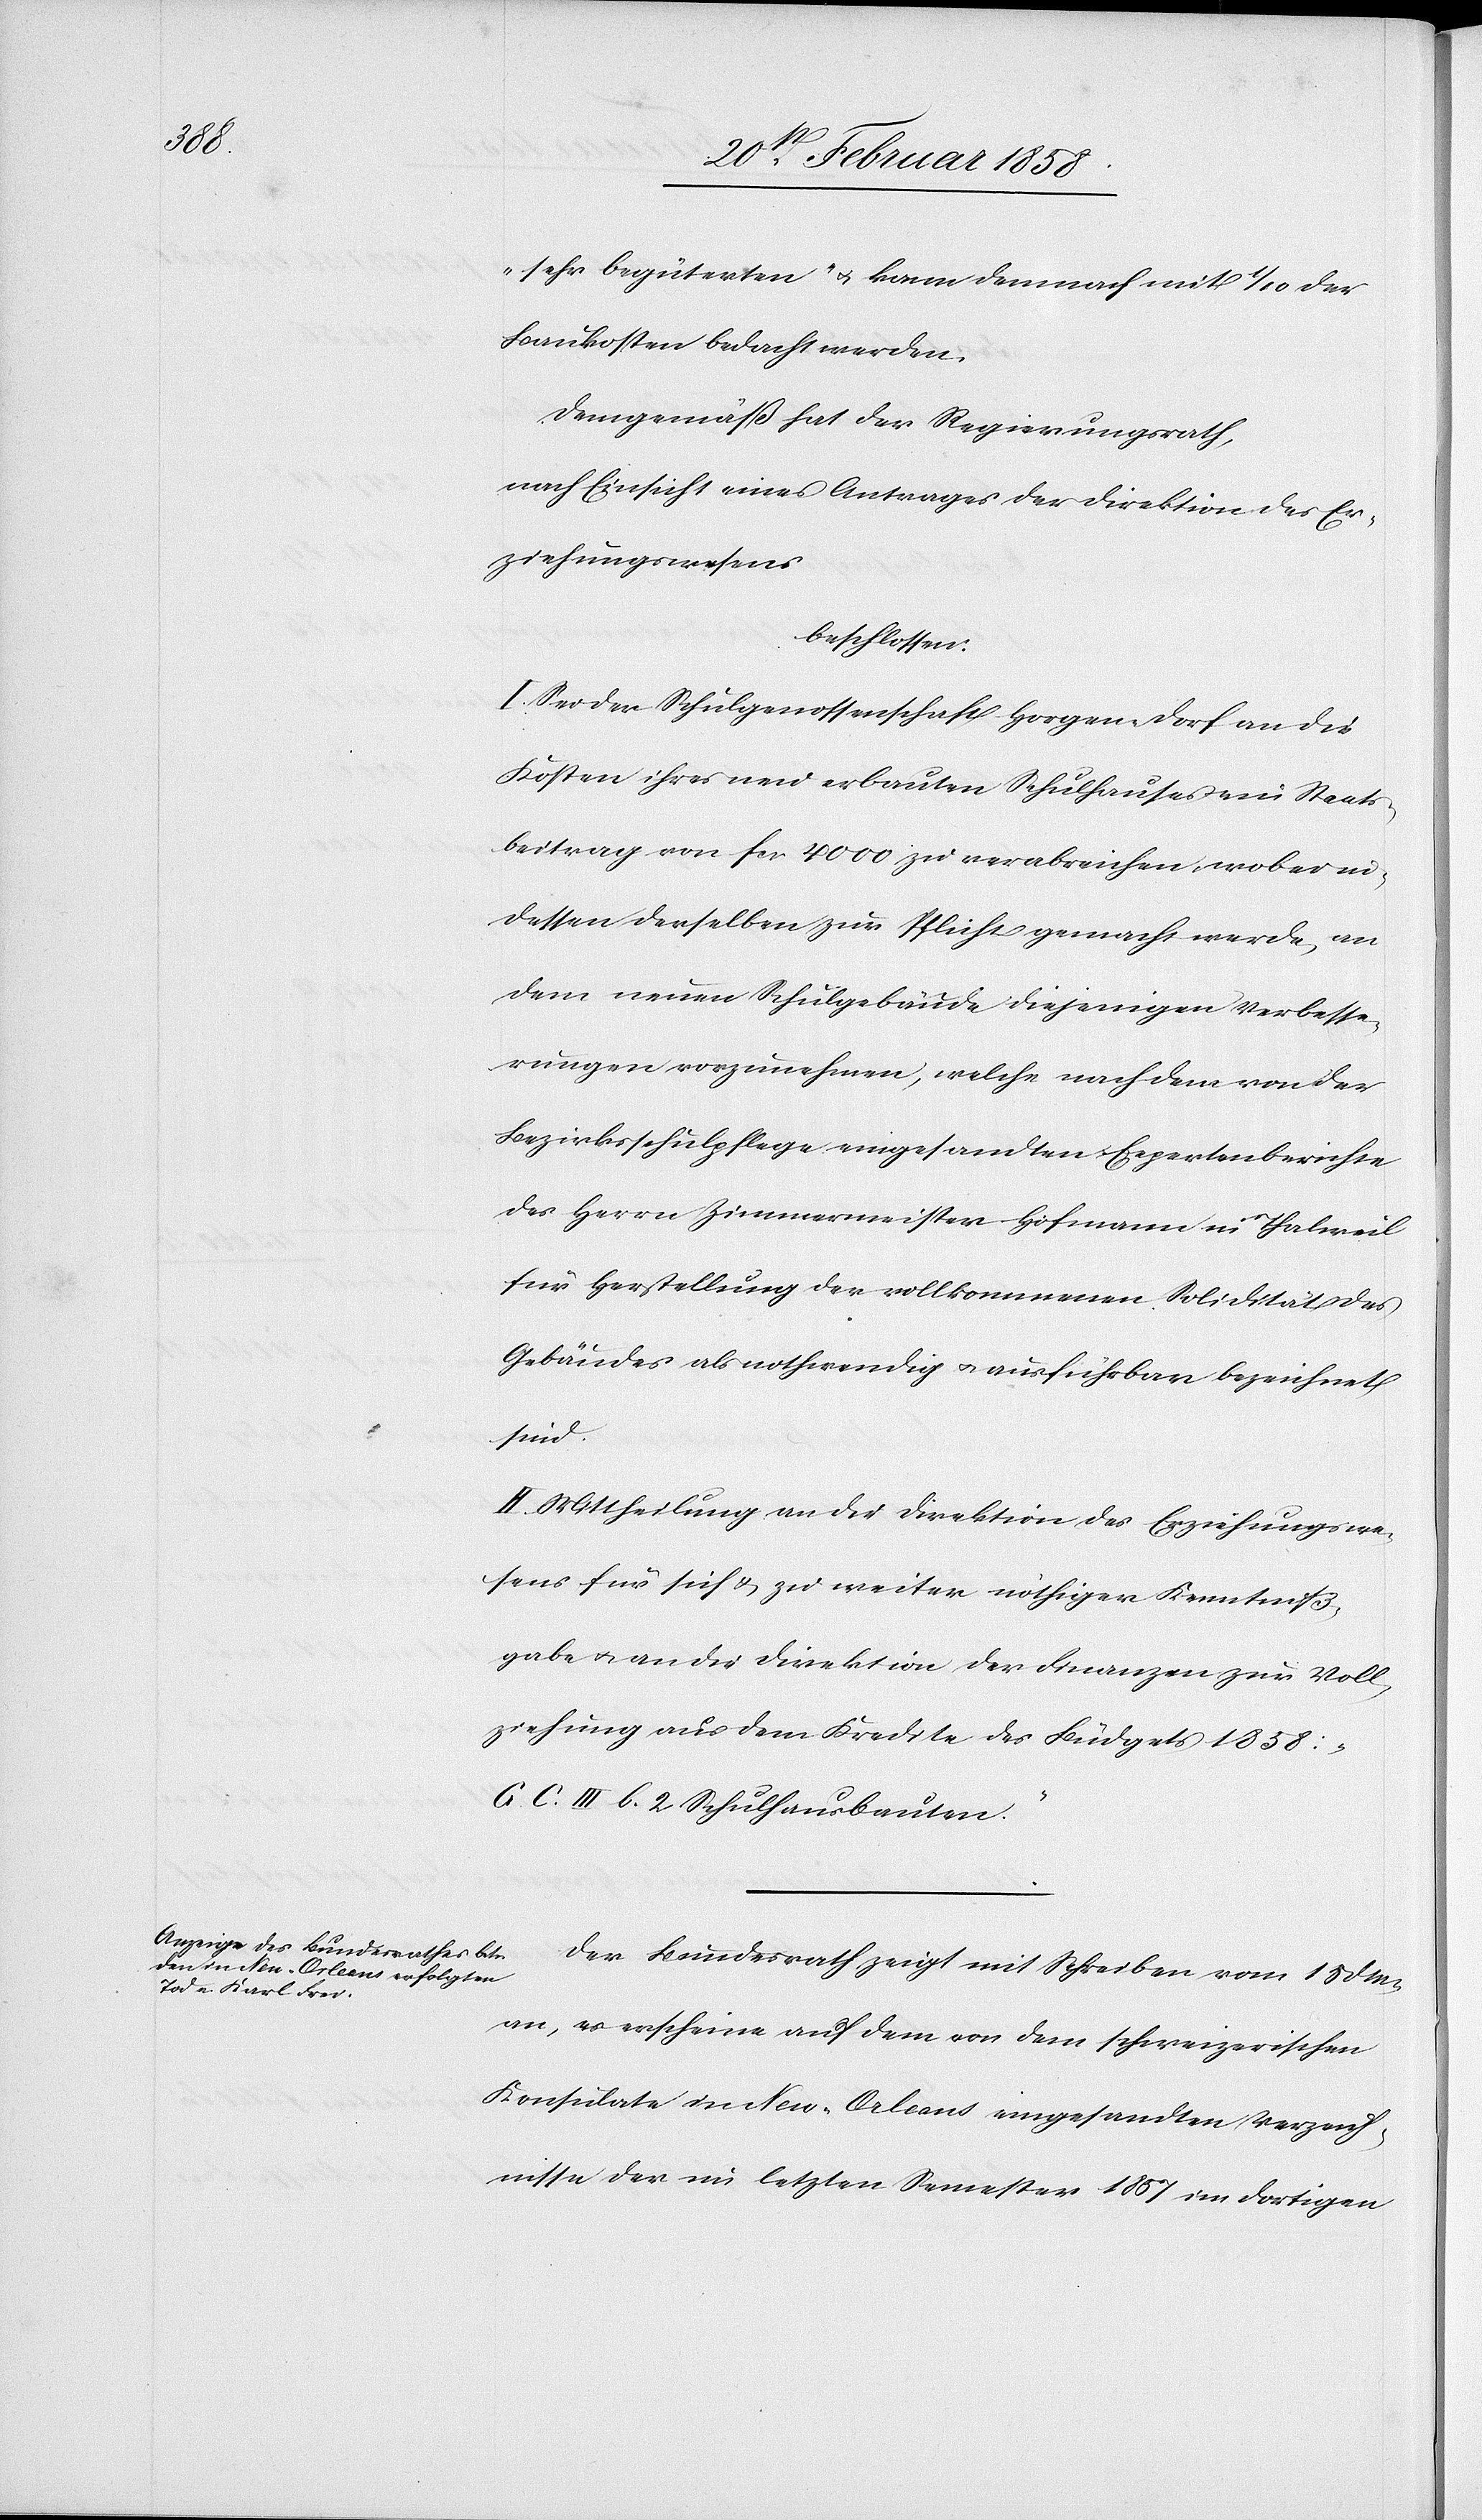
„sehr begüterten“ u. kann demnach mit 1/10 der
Baukosten bedacht werden.
Demgemäß hat der Regierungsrath,
nach Einsicht eines Antrages der Direktion des Er¬
ziehungswesens
beschlossen:
I. Sei der Schulgenossenschaft Horgen-Dorf an die
Kosten ihres neu erbauten Schulhauses ein Staats¬
beitrag von fcs. 4000 zu verabreichen, wobei in¬
dessen derselben zur Pflicht gemacht werde, an
dem neuen Schulgebäude diejenigen Verbesse¬
rungen vorzunehmen, welche nach dem von der
Bezirksschulpflege eingesandten Expertenberichte
des Herrn Zimmermeister Hofmann in Thalweil
für Herstellung der vollkommenen Solidität des
Gebäudes als nothwendig u. ausführbar bezeichnet
sind.
II. Mittheilung an die Direktion des Erziehungswe¬
sens für sich u. zu weiter nöthiger Kenntniß¬
gabe u. an die Direktion der Finanzen zur Voll¬
ziehung aus dem Kredite des Büdgets 1858:
„G. C. III b. 2 Schulhausbauten“.
Der Bundesrath zeigt mit Schreiben vom 15 d
an, es erscheine auf dem von dem schweizerischen
Konsulate in New-Orleans eingesandten Verzeich¬
nisse der im letzten Semester 1857 im dortigen